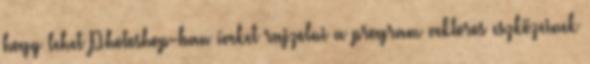
hogy lehet Photoshop-ban íveket rajzolni a program vektoros eszközeinek